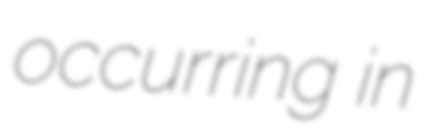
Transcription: occurring in